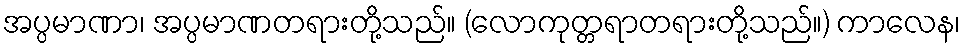
အပ္ပမာဏာ၊ အပ္ပမာဏတရားတို့သည်။ (လောကုတ္တရာတရားတို့သည်။) ကာလေန၊